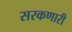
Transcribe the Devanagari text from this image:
सरकणारी